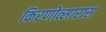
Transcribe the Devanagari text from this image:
किरणोत्सारास